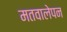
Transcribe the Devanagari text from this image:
मतवालेपन